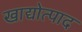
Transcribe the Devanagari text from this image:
खाद्योत्पाद